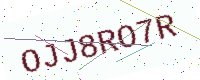
Text: OJJ8RO7R